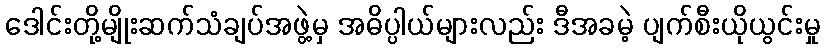
ဒေါင်းတို့မျိုးဆက်သံချပ်အဖွဲ့မှ အဓိပ္ပါယ်များလည်း ဒီအခမဲ့ ပျက်စီးယိုယွင်းမှု